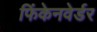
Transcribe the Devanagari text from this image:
फिंकेनवेर्डर